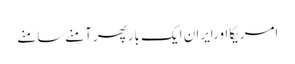
امریکااورایران ایک بارپھرآمنےسامنے